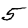
Digit: 5